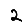
Digit: 2